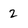
Character: 2